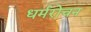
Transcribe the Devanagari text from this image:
धर्मरोचन